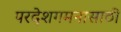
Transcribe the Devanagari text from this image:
परदेशगमनासाठी